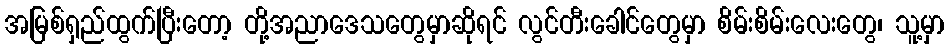
အမြစ်ရှည်ထွက်ပြီးတော့ တို့အညာဒေသတွေမှာဆိုရင် လွင်တီးခေါင်တွေမှာ စိမ်းစိမ်းလေးတွေ၊ သူ့မှာ